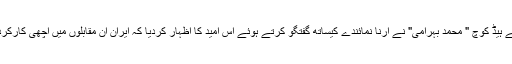
ایرانی قومی کبڈی ٹیم کے ہیڈ کوچ " محمد بہرامی" نے ارنا نمائندے کیساتھ گفتگو کرتے ہوئے اس امید کا اظہار کردیا کہ ایران ان مقابلوں میں اچھی کارکردگی کا مظاہرہ کرے گا۔